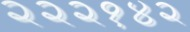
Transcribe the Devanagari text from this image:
२२२१४२